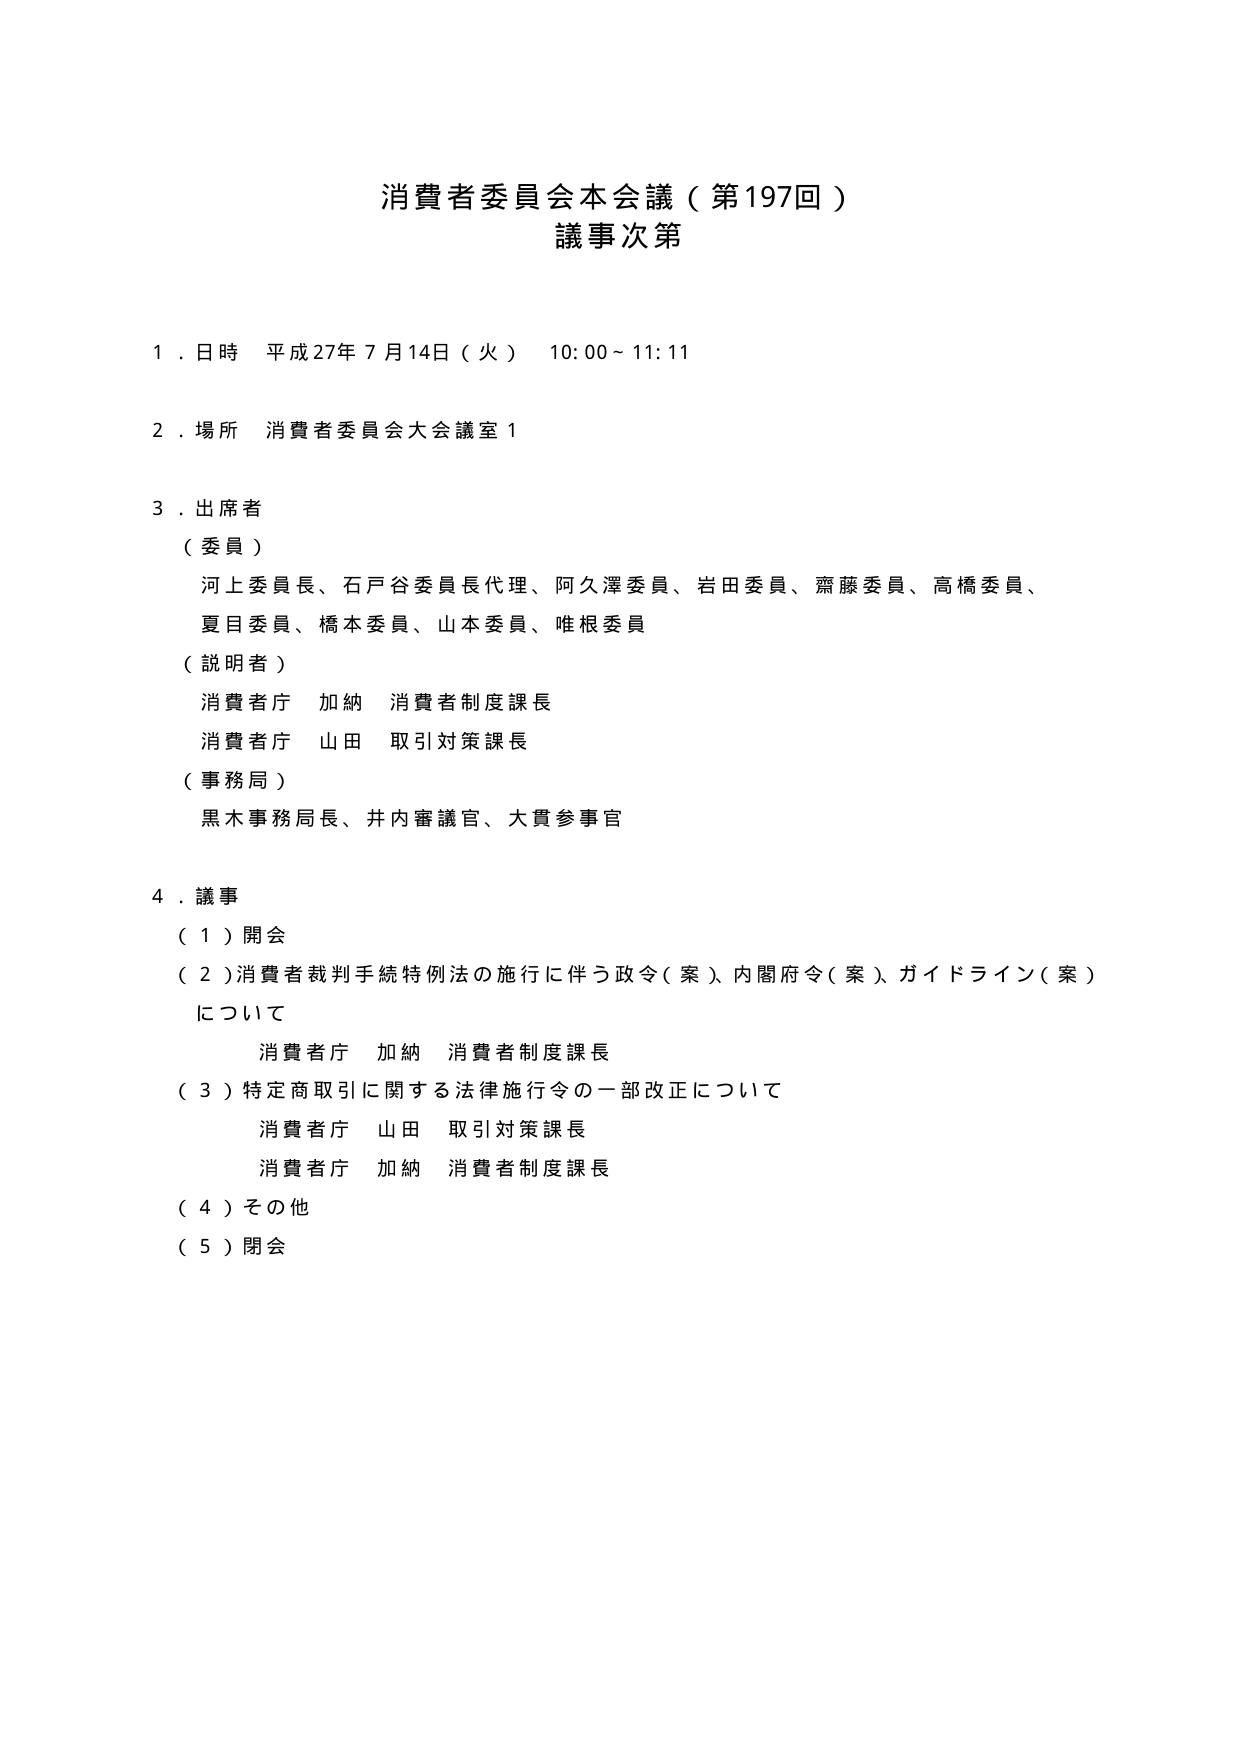
消費者委員会本会議（第197回）
議事次第

１．日時 平成27年7月14日（火） 10:00～11:11

２．場所 消費者委員会大会議室1

３．出席者
（委員）
河上委員長、石戸谷委員長代理、阿久澤委員、岩田委員、齋藤委員、高橋委員、
夏目委員、橋本委員、山本委員、唯根委員
（説明者）
消費者庁 加納 消費者制度課長
消費者庁 山田 取引対策課長
（事務局）
黒木事務局長、井内審議官、大貫参事官

４．議事
（１）開会
（２）消費者裁判手続特例法の施行に伴う政令（案）、内閣府令（案）、ガイドライン（案）
について
　　消費者庁 加納 消費者制度課長
（３）特定商取引に関する法律施行令の一部改正について
　　消費者庁 山田 取引対策課長
　　消費者庁 加納 消費者制度課長
（４）その他
（５）閉会